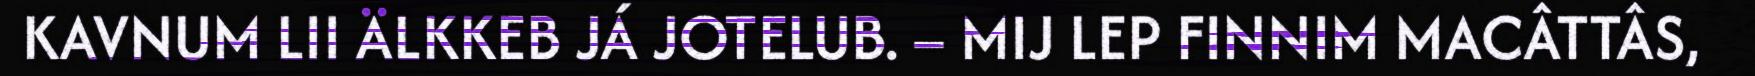
KAVNUM LII ÄLKKEB JÁ JOTELUB. – MIJ LEP FINNIM MACÂTTÂS,